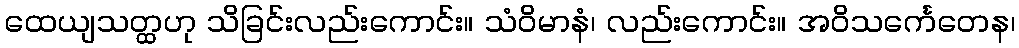
ထေယျသတ္ထဟု သိခြင်းလည်းကောင်း။ သံဝိမာနံ၊ လည်းကောင်း။ အဝိသင်္ကေတေန၊